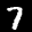
Label: 7